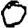
Digit: 0